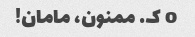
o ک. ممنون، مامان!